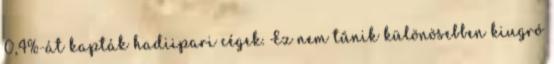
0,4%-át kapták hadiipari cégek. Ez nem tűnik különösebben kiugró